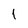
Character: 1